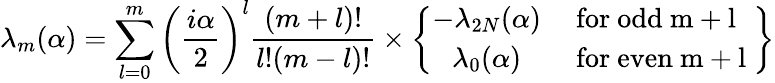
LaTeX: \lambda_{m}(\alpha)=\sum_{l=0}^{m}\left({\frac{i\alpha}{2}}\right)^{l}{\frac{(m+l)!}{l!(m-l)!}}\times\left\{ \begin{array}{cl}{{-\lambda_{2N}(\alpha)}}&{{\mathrm{~for~odd~m+l~}}}\\ {{\lambda_{0}(\alpha)}}&{{\mathrm{~for~even~m+l~}}}\end{array}\right\}